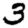
Digit: 3